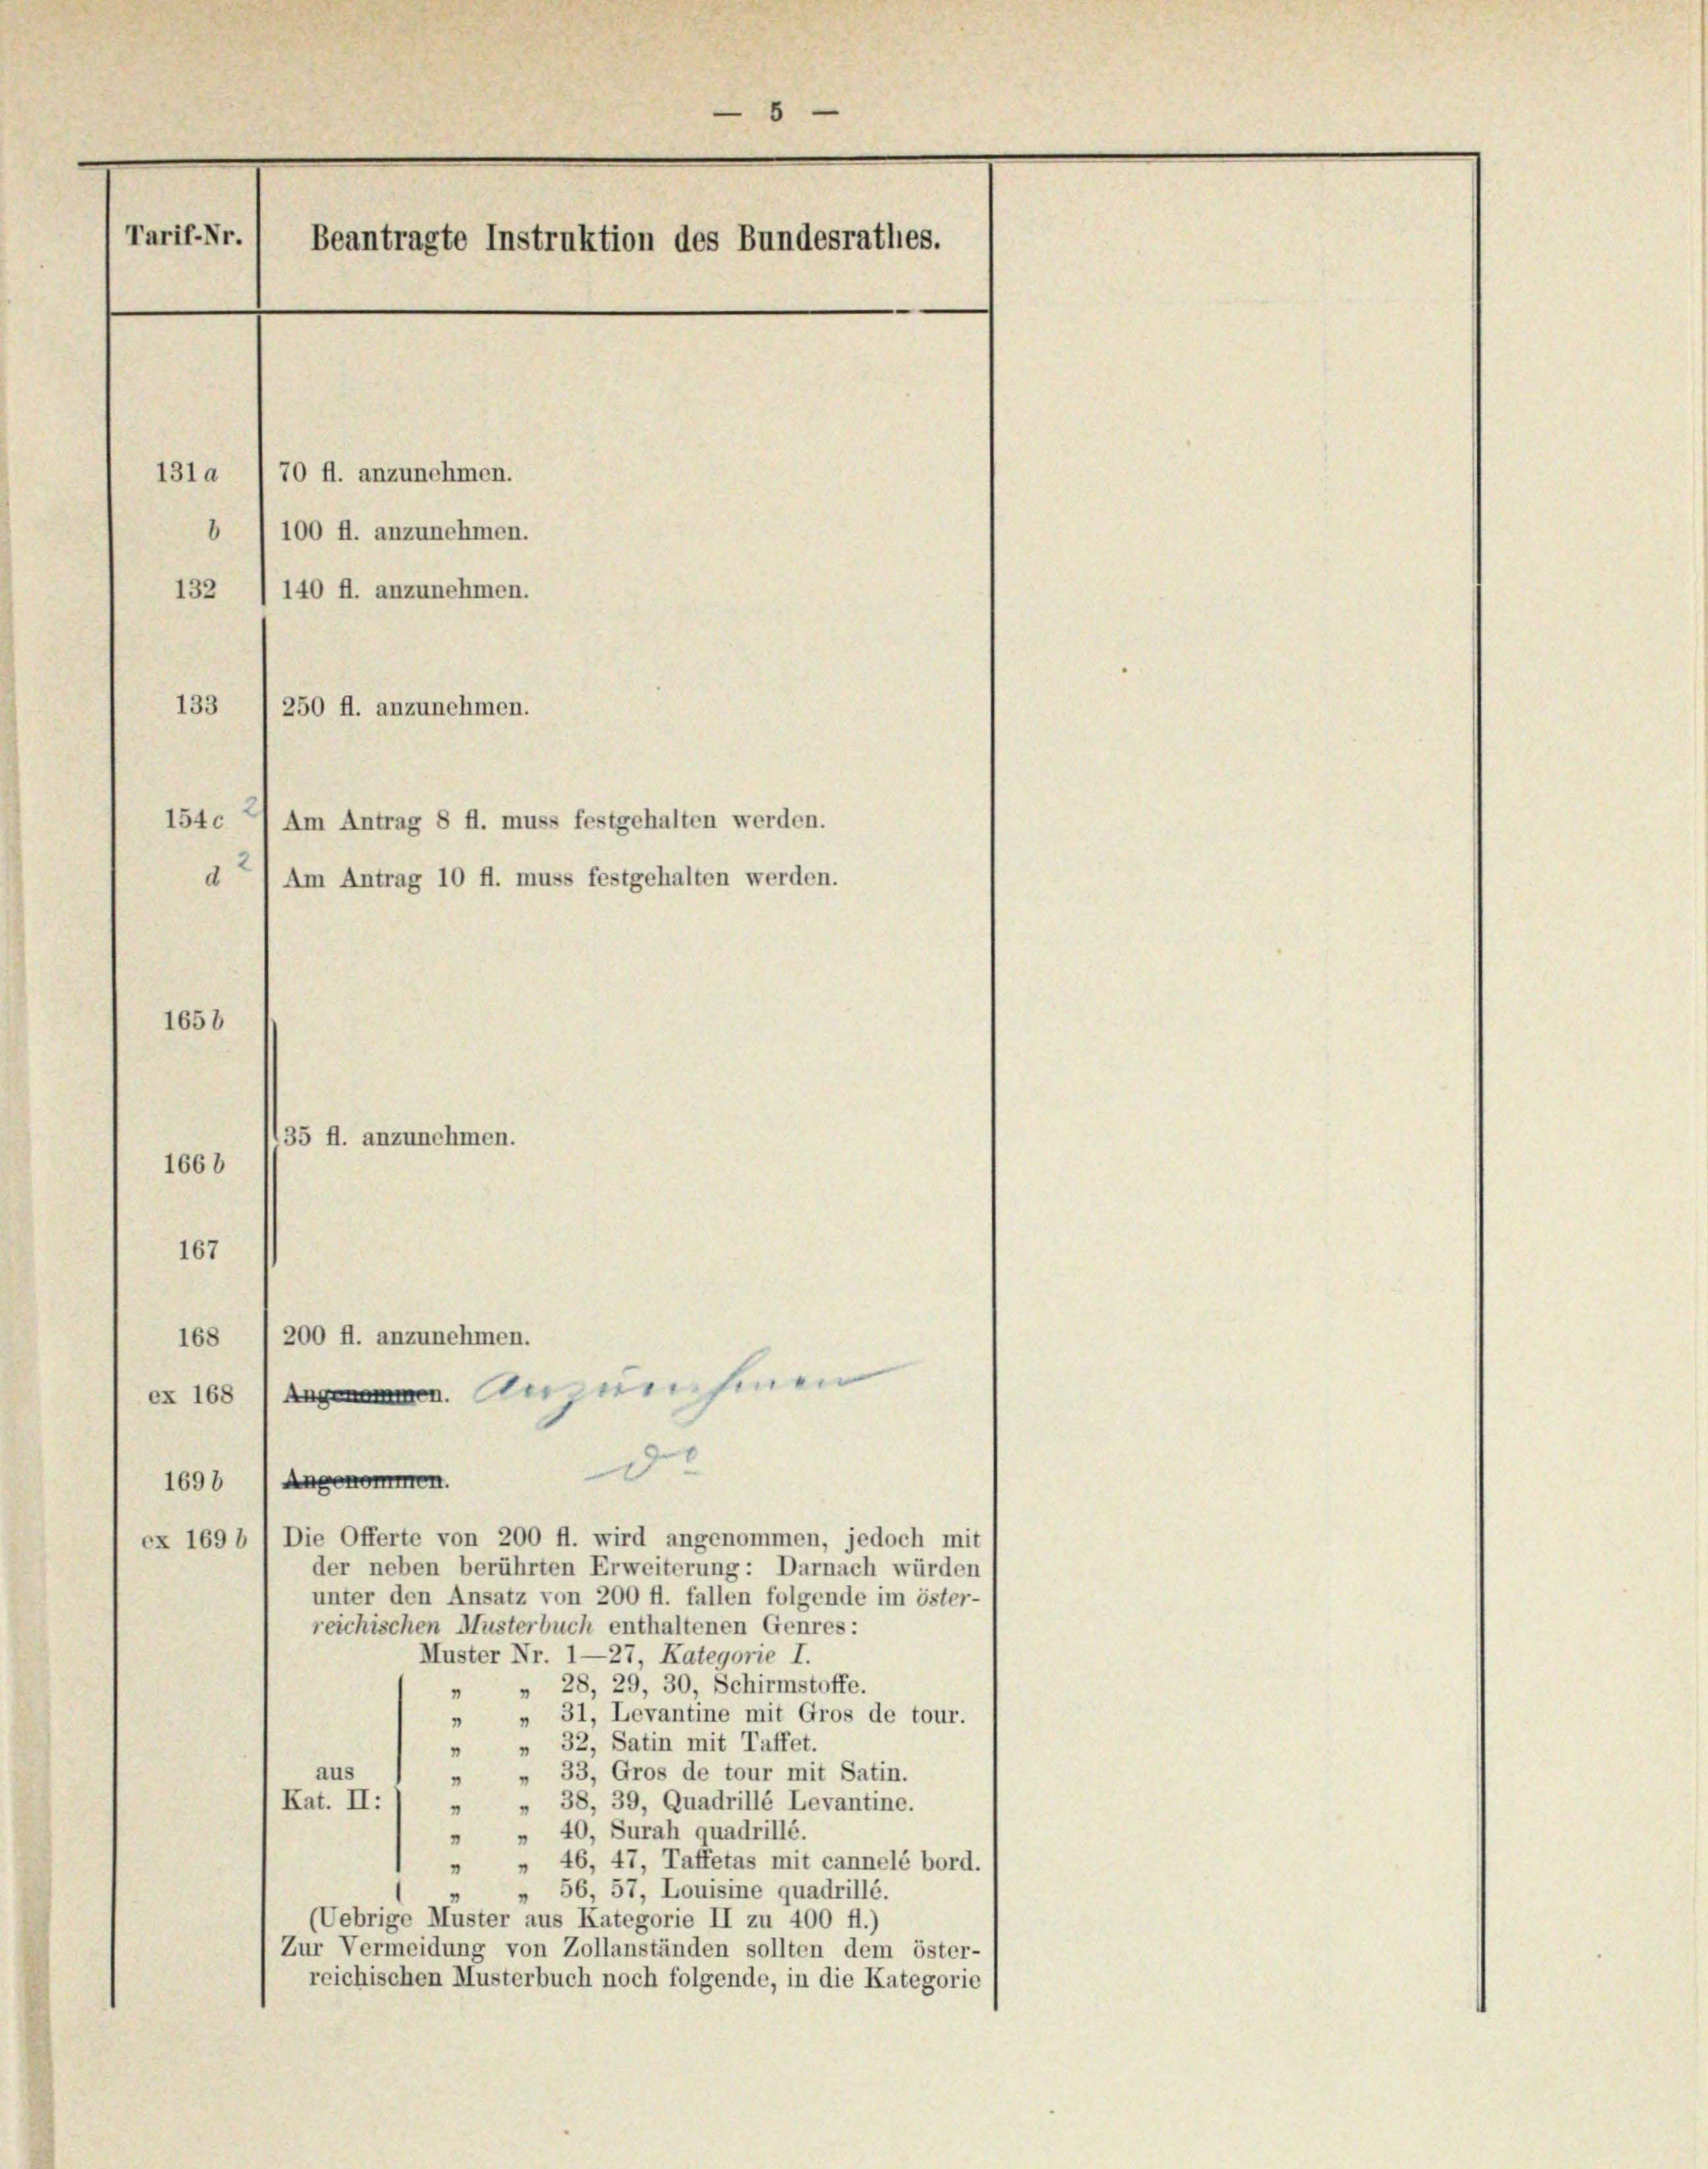
5
Tarif-Nr.
Beantragte Instruktion des Bundesrathes.
70 fl. anzunehmen.
131

b 100 fl. anzunehmen.
132 (140 fl. anzunehmen.
133
250 fl. anzunehmen.
154c 1 Am Antrag 8 fl. muss festgehalten werden.
d) Am Antrag 10 ff. muss festgehalten werden.
1658
1668
167
200 fl. anzunehmen.
168
 nehmen
ex 168
e
Angenommen.
1698
ex 169 b 1 Die Offerte von 200 fl. wird angenommen, jedoch mit
der neben berührten Erweiterung: Darnach würden
unter den Ansatz von 200 fl. fallen folgende im öster-
reichischen Musterbuch enthaltenen Genres:
Muster Nr.
27, Kategorie I.
" " 28, 29, 30, Schirmstoffe.
" " 31, Levantine mit Gros de tour.
„ 32, Satin mit Taffet.
"
aus
" " 33, Gros de tour mit Satin.
Kat. II:
" " 38, 39, Quadrillé Levantine.
„ 40, Surah quadrillé.
"
„ 46, 47, Taffetas mit cannelé bord.
"
56, 57, Louisine quadrillé.
(Uebrige Muster aus Kategorie II zu 400 fl.)
Zur Vermeidung von Zollanständen sollten dem öster-
reichischen Musterbuch noch folgende, in die Kategorie

35 ff. anzunehmen.